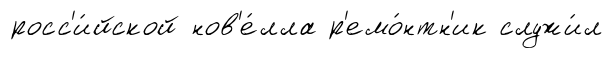
росс'и́йской нов'е́лла р'емо́нтн'ик служи́л